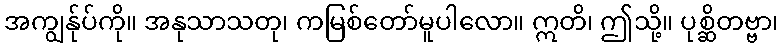
အကျွန်ုပ်ကို။ အနုသာသတု၊ ကမြစ်တော်မူပါလော။ ဣတိ၊ ဤသို့။ ပုစ္ဆိတဗ္ဗာ၊